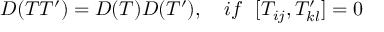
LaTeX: { \cal D } ( T T ^ { \prime } ) = { \cal D } ( T ) { \cal D } ( T ^ { \prime } ) , \ \ \ i f \ \ [ T _ { i j } , T _ { k l } ^ { \prime } ] = 0